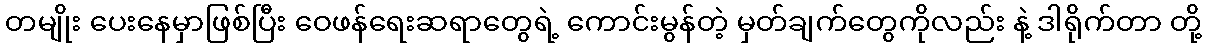
တမျိုး ပေးနေမှာဖြစ်ပြီး ဝေဖန်ရေးဆရာတွေရဲ့ ကောင်းမွန်တဲ့ မှတ်ချက်တွေကိုလည်း နဲ့ ဒါရိုက်တာ တို့